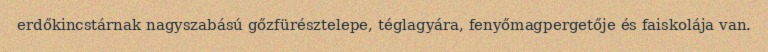
erdőkincstárnak nagyszabású gőzfürésztelepe, téglagyára, fenyőmagpergetője és faiskolája van.